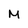
Character: M